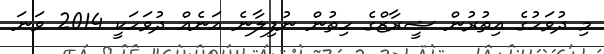
މި ދުވަހުގެ އިތުރުން ޝީރާޒްގެ ހިތުން ނުފިލާނެ އަނެއް ދުވަހަކީ 2014 ވަނަ